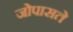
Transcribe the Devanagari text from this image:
जोपासते